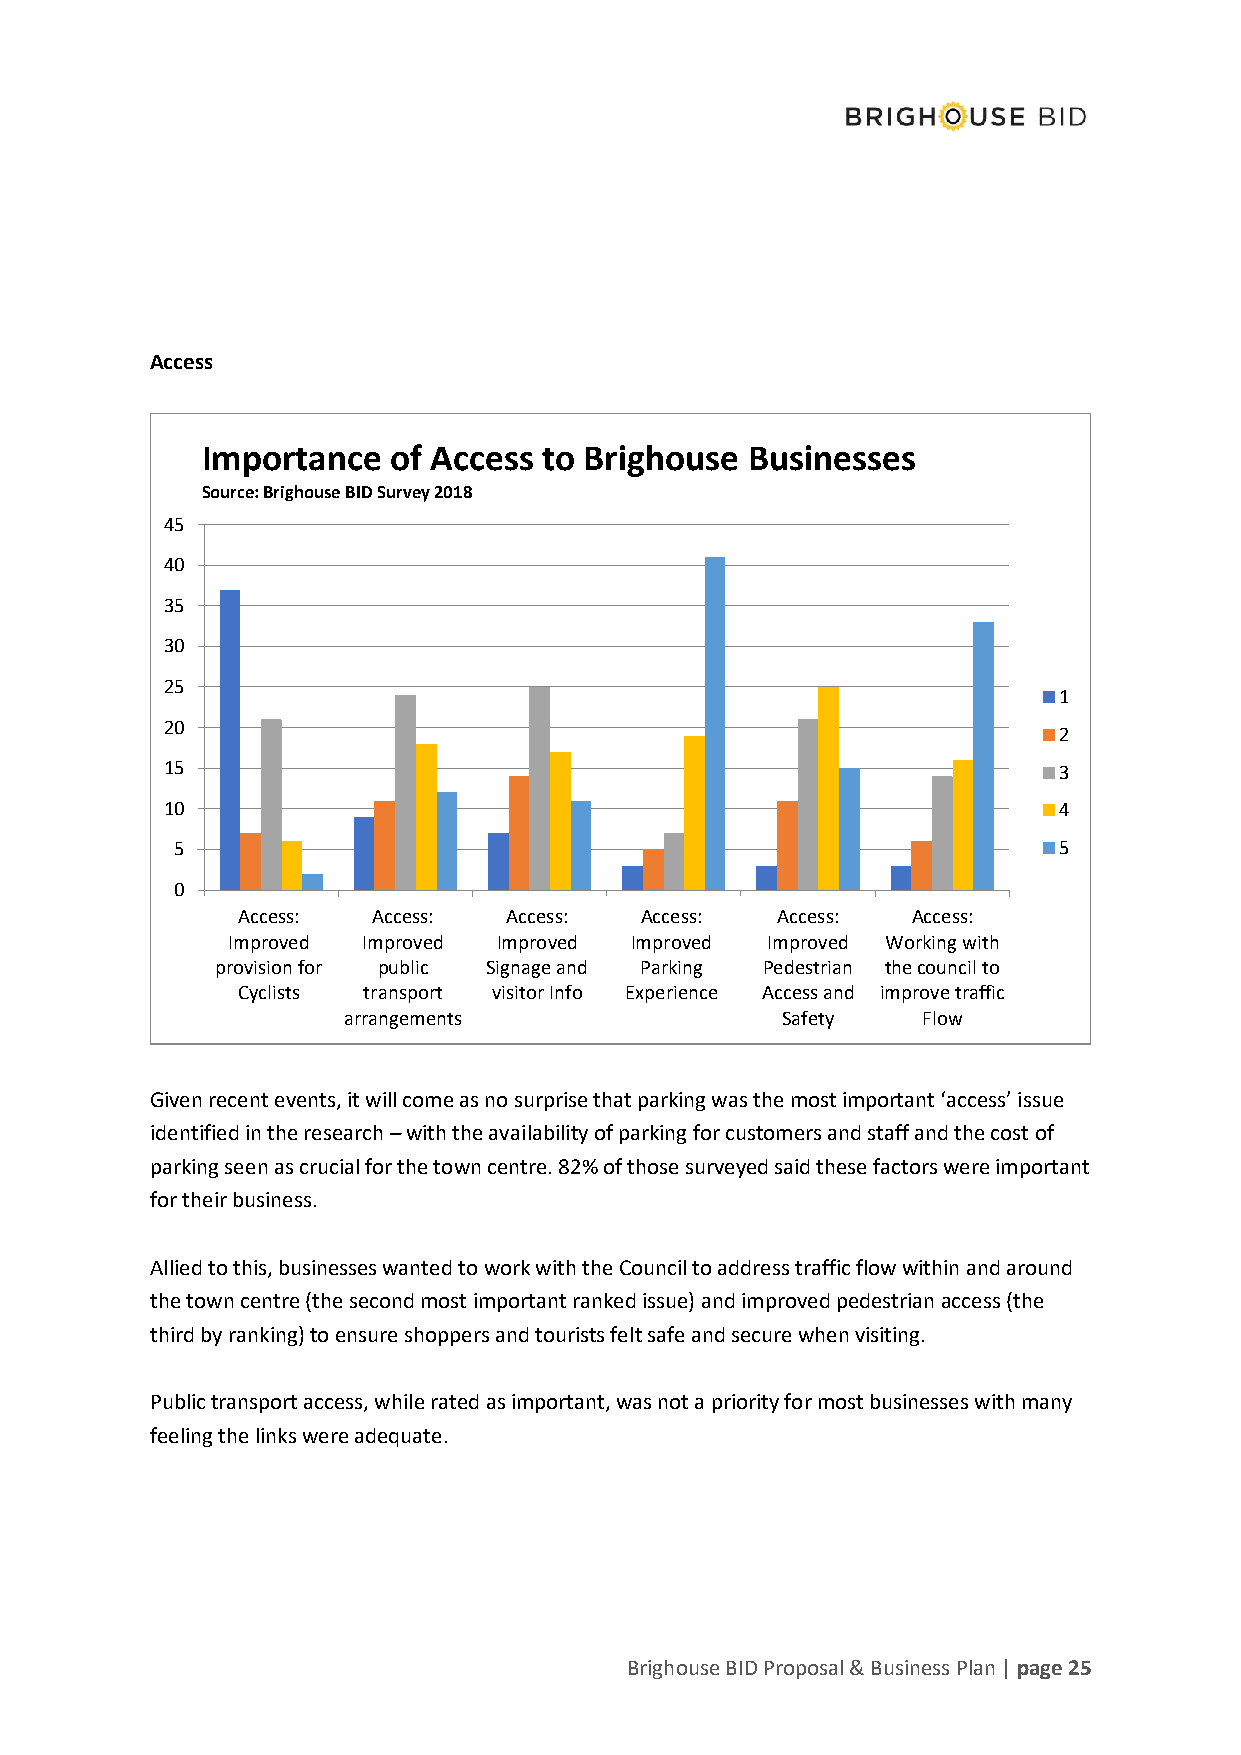
Access
 Importance   of Access to Brighouse Businesses
 Source: Brighouse BID Survey 2018
 45
 40
 35
 30
 25
 1
 20
 2
 15                                                         3
 10                                                         4
 5                                                         5
 0
 Access:  Access:  Access: Access:  Access:  Access:
 Improved Improved Improved Improved Improved Working with
 provision for public Signage and Parking Pedestrian the council to
 Cyclists transport visitor Info Experience Access and improve traffic
 arrangements                 Safety   Flow
 Given recent events, it will come as no surprise that parking was the most important ‘access’ issue
 identified in the research – with the availability of parking for customers and staff and the cost of
 parking seen as crucial for the town centre. 82% of those surveyed said these factors were important
 for their business.
 Allied to this, businesses wanted to work with the Council to address traffic flow within and around
 the town centre (the second most important ranked issue) and improved pedestrian access (the
 third by ranking) to ensure shoppers and tourists felt safe and secure when visiting.
 Public transport access, while rated as important, was not a priority for most businesses with many
 feeling the links were adequate.
 Brighouse BID Proposal & Business Plan | page 25